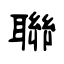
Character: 聯